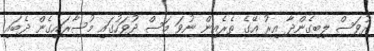
ދުވަސް ލިބިގެންދާ އިރު އޭގެ ތެރެއިން ނުވަ މަސް ދުވަހުގައި މުސާރައިގެން ދެބައި